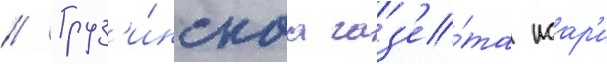
// Груз'и́нскаа газ'е́та исар'и